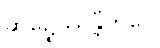
ဆဍ္ဍေဿန္တီတိပေ